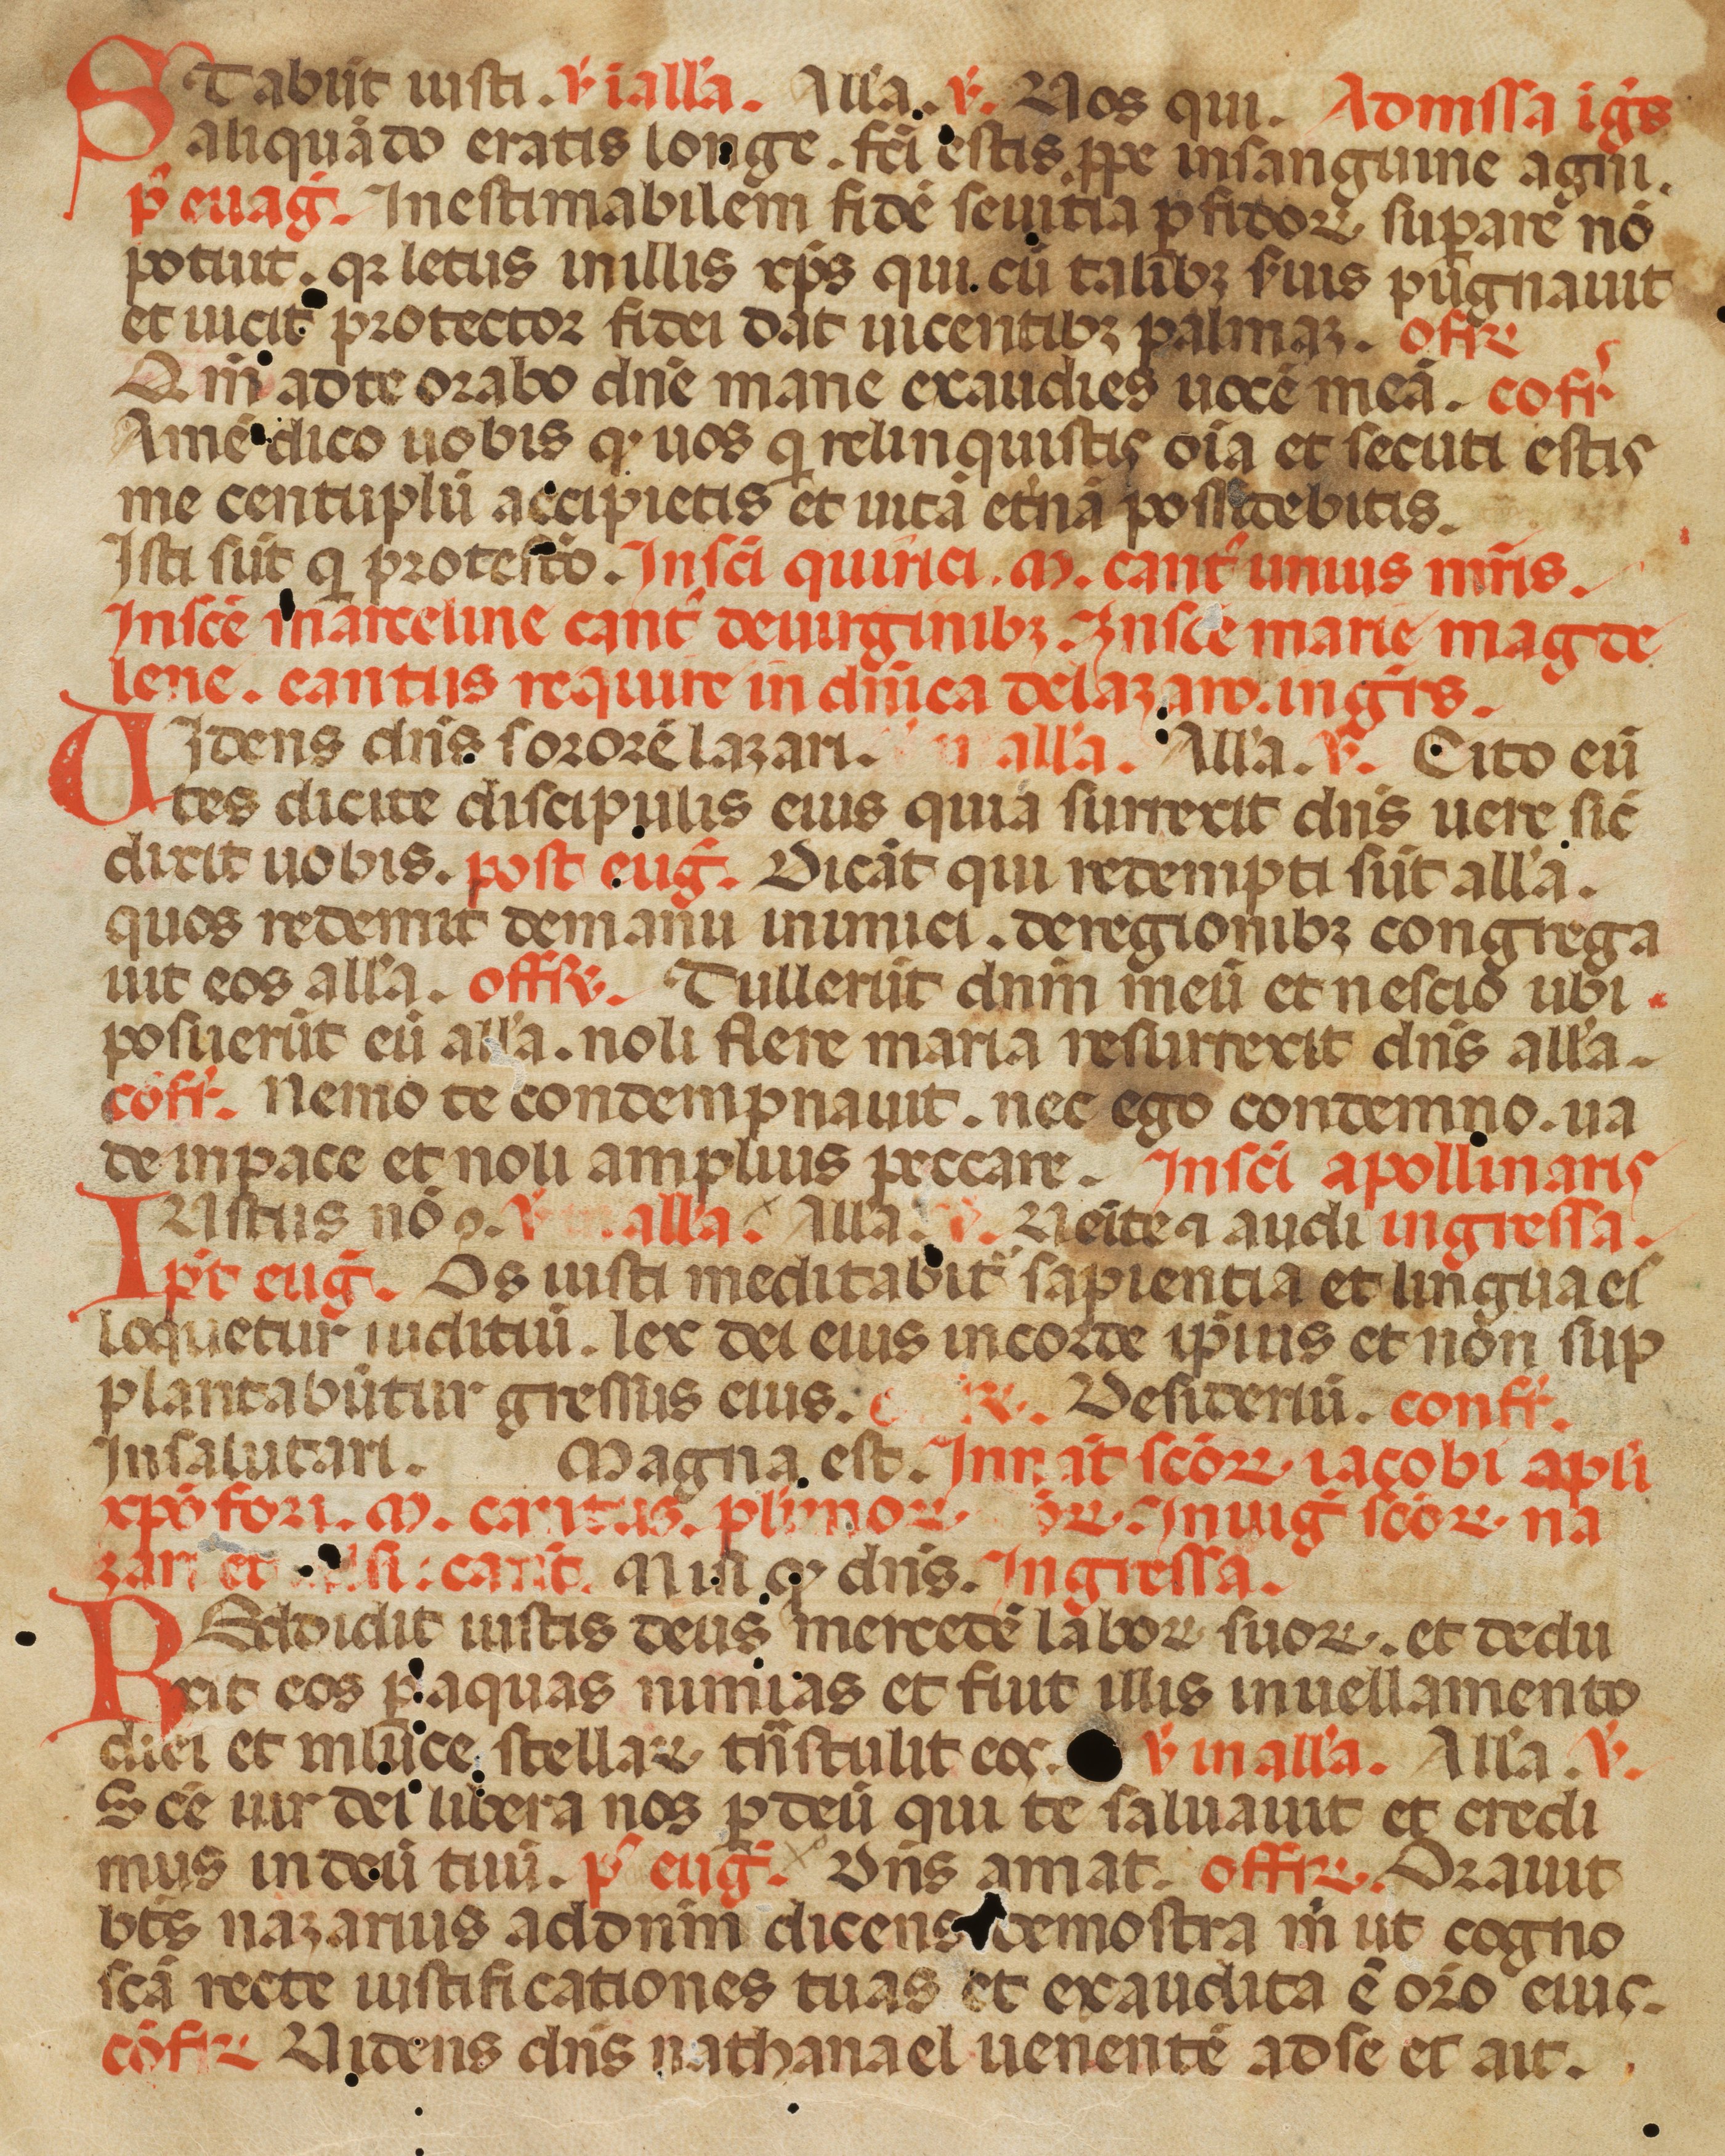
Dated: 1342–1342